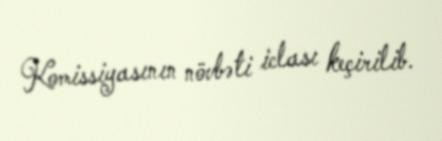
Komissiyasının növbəti iclası keçirilib.